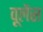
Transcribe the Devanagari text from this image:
वूलेंस